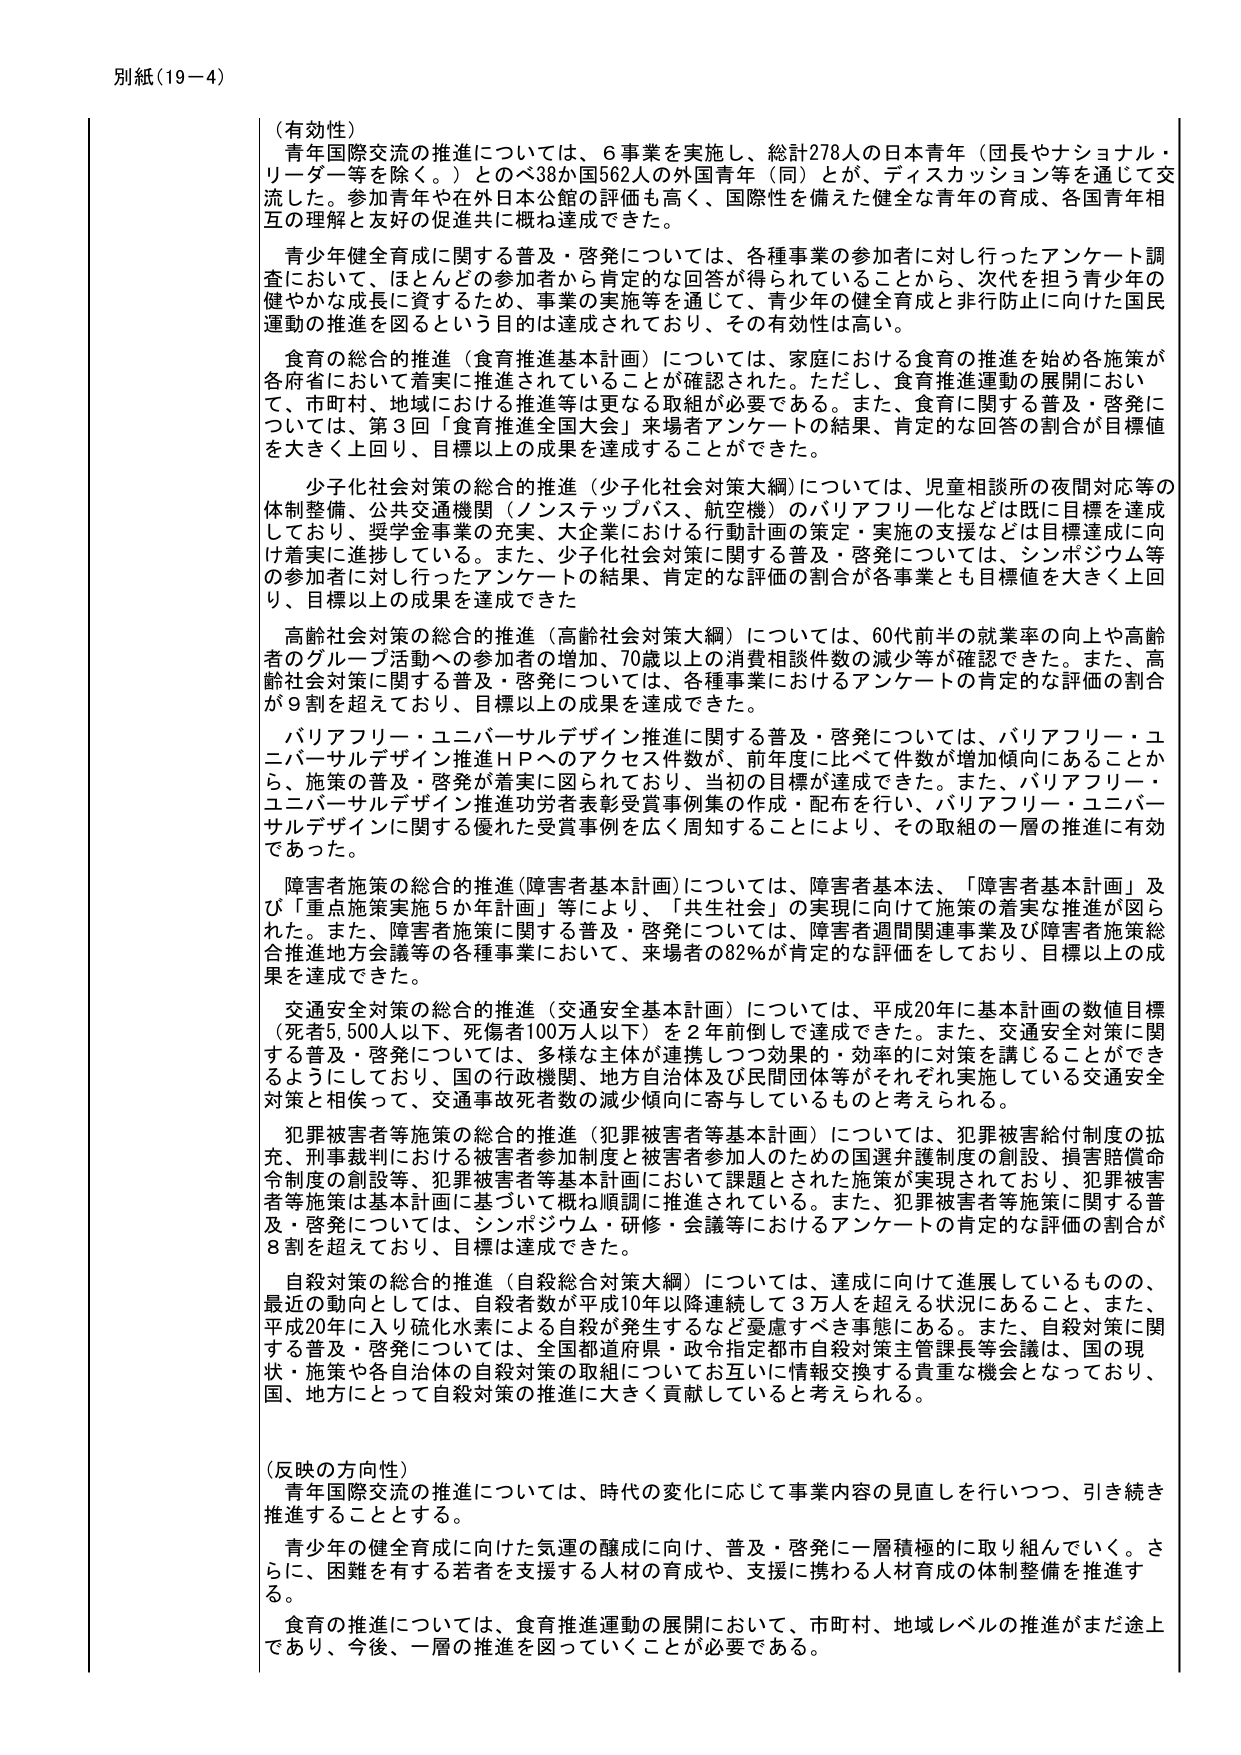
別紙（19－4）

（有効性）
青年国際交流の推進については、6事業を実施し、総計278人の日本青年（団長やナショナル・リーダー等を除く。）とベ38か国562人の外国青年（同）とが、ディスカッション等を通じて交流した。参加青年や在外日本公館の評価も高く、国際性を備えた健全な青年の育成、各国青年相互の理解と友好的促進共に概ね達成できた。

青少年健全育成に関する普及・啓発については、各種事業の参加者に対して行ったアンケート調査において、ほとんどの参加者から肯定的な回答が得られていることから、次代を担う青少年の健やかな成長に資するため、事業の実施等を通じて、青少年の健全育成と非行防止に向けた国民運動の推進を図るという目的は達成されており、その有効性は高い。

食育の総合的推進（食育推進基本計画）については、家庭における食育の推進を始め各施策が各府省において着実に推進されていることが確認された。ただし、食育推進運動の展開において、市町村、地域における推進等は更なる取組が必要である。また、食育に関する普及・啓発については、第3回「食育推進全国大会」来場者アンケートの結果、肯定的な回答の割合が目標値を大きく上回り、目標以上の成果を達成することができた。

少子化社会対策の総合的推進（少子化社会対策大綱）については、児童相談所の夜間対応等の体制整備、公共交通機関（ノンステップバス、航空機）のバリアフリー化などは既に目標を達成しており、奨学金事業の充実、大企業における行動計画の策定・実施の支援などは目標達成に向け着実に進捗している。また、少子化社会対策に関する普及・啓発については、シンポジウム等の参加者に対して行ったアンケートの結果、肯定的な評価の割合が各事業とも目標値を大きく上回り、目標以上の成果を達成できた。

高齢社会対策の総合的推進（高齢社会対策大綱）については、60代前半の就業率の向上や高齢者のグループ活動への参加者の増加、70歳以上の消費相談件数の減少等が確認できた。また、高齢社会対策に関する普及・啓発については、各種事業におけるアンケートの肯定的な評価の割合が9割を超えており、目標以上の成果を達成できた。

バリアフリー・ユニバーサルデザイン推進に関する普及・啓発については、バリアフリー・ユニバーサルデザイン推進ＨＰへのアクセス件数が、前年度に比べて件数が増加傾向にあることから、施策の普及・啓発が着実に図られており、当初の目標が達成できた。また、バリアフリー・ユニバーサルデザイン推進功労者表彰受賞事例集の作成・配布を行い、バリアフリー・ユニバーサルデザインに関する優れた受賞事例を広く周知することにより、その取組の一層の推進に有効であった。

障害者施策の総合的推進（障害者基本計画）については、障害者基本法、「障害者基本計画」及び「重点施策実施5か年計画」等により、「共生社会」の実現に向けて施策の着実な推進が図られた。また、障害者施策に関する普及・啓発については、障害者週間関連事業及び障害者施策総合推進地方会議等の各種事業において、来場者の82％が肯定的な評価をしており、目標以上の成果を達成できた。

交通安全対策の総合的推進（交通安全基本計画）については、平成20年に基本計画の数値目標（死者5,500人以下、死傷者100万人以下）を2年前倒しで達成できた。また、交通安全対策に関する普及・啓発については、多様な主体が連携しつつ効果的・効率的に対策を講じることができるようにしており、国の行政機関、地方自治体及び民間団体等がそれぞれ実施している交通安全対策と相俟って、交通事故死者数の減少傾向に寄与しているものと考えられる。

犯罪被害者等施策の総合的推進（犯罪被害者等基本計画）については、犯罪被害給付制度の拡充、刑事裁判における被害者参加制度と被害者参加人のための国選弁護制度の創設、損害賠償命令制度の創設等、犯罪被害者等基本計画において課題とされた施策が実現されており、犯罪被害者等施策は基本計画に基づいて概ね順調に推進されている。また、犯罪被害者等施策に関する普及・啓発については、シンポジウム・研修・会議等におけるアンケートの肯定的な評価の割合が8割を超えており、目標は達成できた。

自殺対策の総合的推進（自殺総合対策大綱）については、達成に向けて進展しているものの、最近の動向としては、自殺者数が平成10年以降連続して3万人を超える状況にあること、また、平成20年に入り硫化水素による自殺が発生するなど憂慮すべき事態にある。また、自殺対策に関する普及・啓発については、全国都道府県・政令指定都市自殺対策主管課長等会議は、国の現状・施策や各自治体の自殺対策の取組についてお互いに情報交換する貴重な機会となっており、国、地方にとって自殺対策の推進に大きく貢献していると考えられる。

（反映の方向性）
青年国際交流の推進については、時代の変化に応じて事業内容の見直しを行いつつ、引き続き推進することとする。

青少年の健全育成に向けた気運の醸成に向け、普及・啓発に一層積極的に取り組んでいく。さらに、困難を有する若者を支援する人材の育成や、支援に携わる人材育成の体制整備を推進する。

食育の推進については、食育推進運動の展開において、市町村、地域レベルの推進がまだ途上であり、今後、一層の推進を図っていくことが必要である。